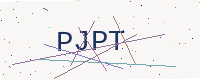
Text: PJPT